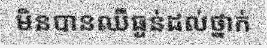
មិនបានឈឺធ្ងន់ដល់ថ្នាក់